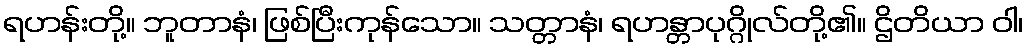
ရဟန်းတို့။ ဘူတာနံ၊ ဖြစ်ပြီးကုန်သော။ သတ္တာနံ၊ ရဟန္တာပုဂ္ဂိုလ်တို့၏။ ဌိတိယာ ဝါ၊